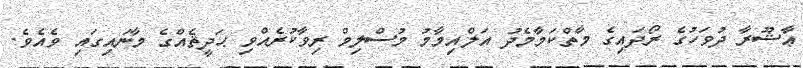
ޢާޝޫރާ ދުވަހުގެ ރޯދައިގެ މާތްކަމާމެދު އަލްއިމާމު މުސްލިމް ރިވާކުރެއްވި ޙަދީޘެއްގެ މާނައިގައި ވެއެވެ.